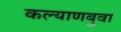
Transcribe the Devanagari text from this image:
कल्याणबुवा